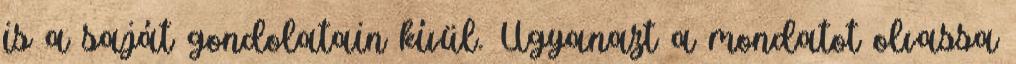
is a saját gondolatain kívül. Ugyanazt a mondatot olvassa